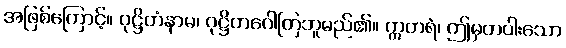
အဖြစ်ကြောင့်။ ဝုဋ္ဌိတံနာမ၊ ဝုဋ္ဌိတဂေါတြဘူမည်၏။ ဣတရံ၊ ဤမှတပါးသော